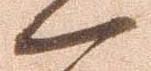
一